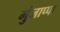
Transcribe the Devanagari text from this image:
मुंजाप्पा